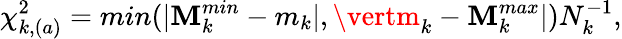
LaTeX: \chi_{k,(a)}^{2}=min(\vert\mathbf{M}_{k}^{min}-m_{k}\vert,\vertm_{k}-\mathbf{M}_{k}^{max}\vert)N_{k}^{-1},